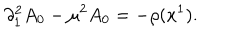
\partial _ { 1 } ^ { 2 } A _ { 0 } - \mu ^ { 2 } A _ { 0 } = - \rho ( x ^ { 1 } ) .